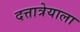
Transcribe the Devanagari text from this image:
दत्तात्रेयाला